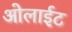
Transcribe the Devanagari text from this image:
ओलाईट